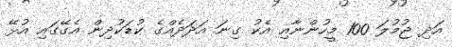
އަދި ޖުމުލަ 100 މީހުންނާއި އެކު ގިނަ އަދަދެއްގެ ކުޑަކުދިން އެގޭގައި އުޅޭ